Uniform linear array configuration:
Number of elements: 48
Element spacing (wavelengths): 1
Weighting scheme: hamming
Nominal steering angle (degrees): -45
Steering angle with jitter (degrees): -43.16
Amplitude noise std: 0.05
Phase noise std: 0.05

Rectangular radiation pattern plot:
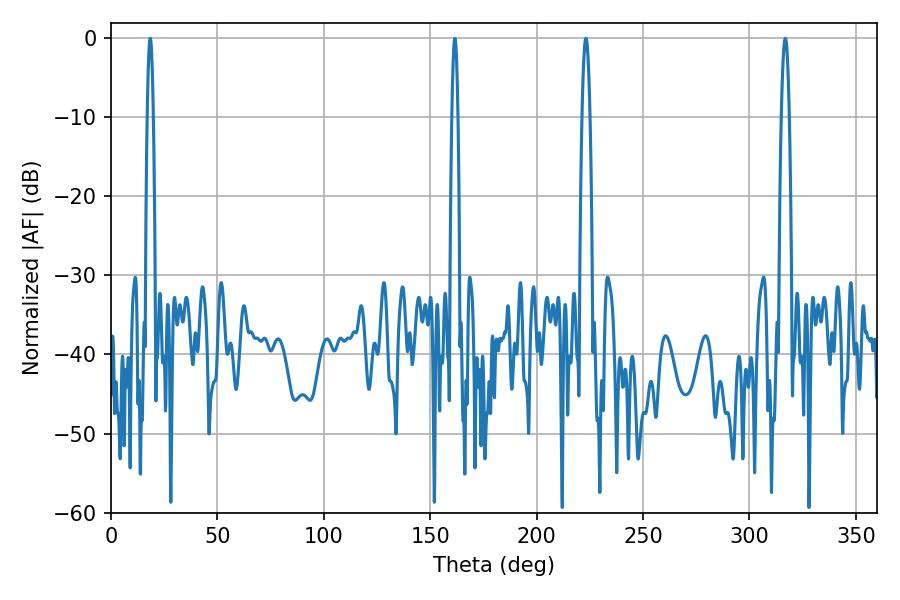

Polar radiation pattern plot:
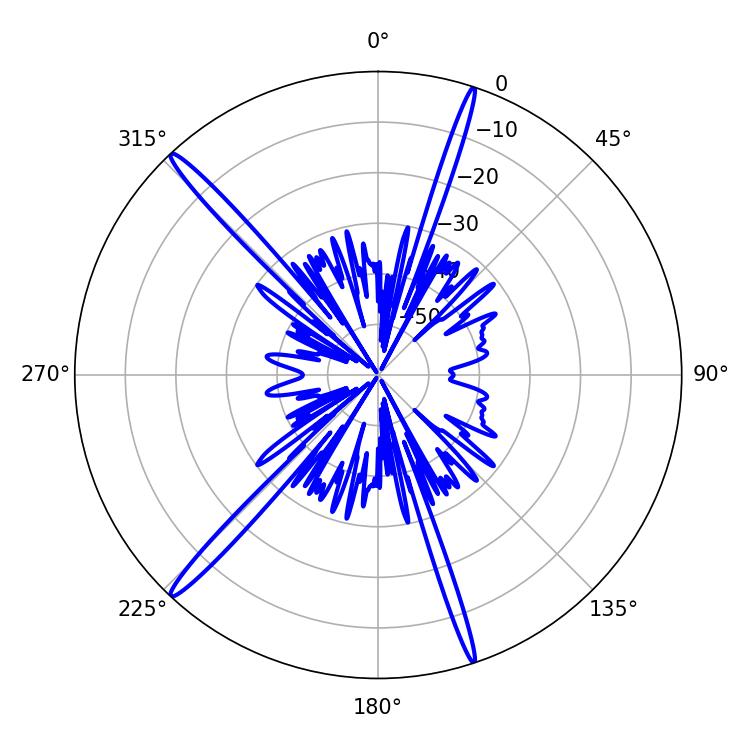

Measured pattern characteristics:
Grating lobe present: TRUE
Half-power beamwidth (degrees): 1.98
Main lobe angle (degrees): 316.8